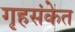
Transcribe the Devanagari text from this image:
गृहसंकेत